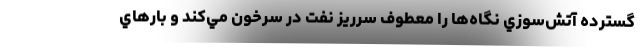
گسترده آتش‌سوزي نگاه‌ها را معطوف سرريز نفت در سرخون مي‌كند و بارهاي